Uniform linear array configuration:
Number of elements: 24
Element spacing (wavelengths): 0.25
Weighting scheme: hann
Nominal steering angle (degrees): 30
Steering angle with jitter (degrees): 28.952
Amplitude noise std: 0.05
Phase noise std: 0.05

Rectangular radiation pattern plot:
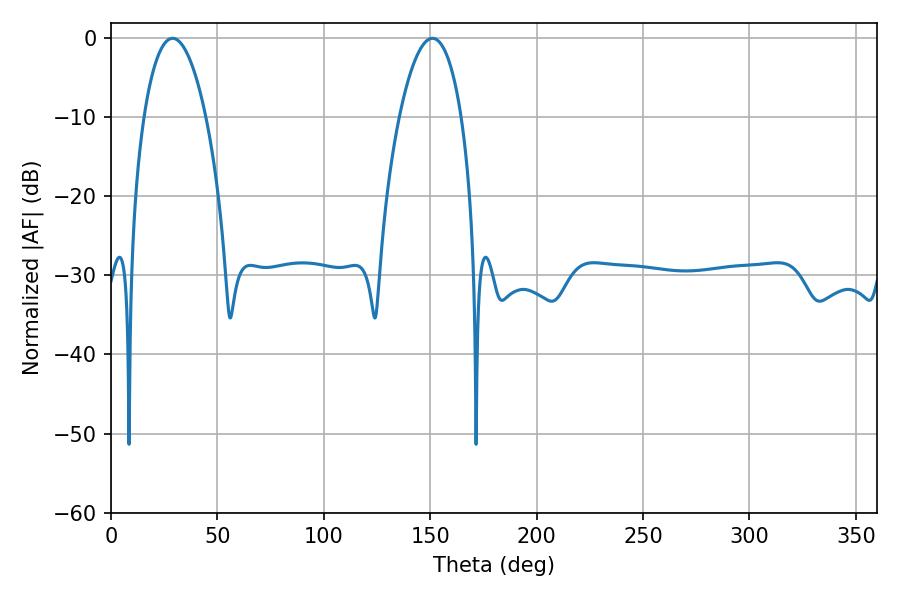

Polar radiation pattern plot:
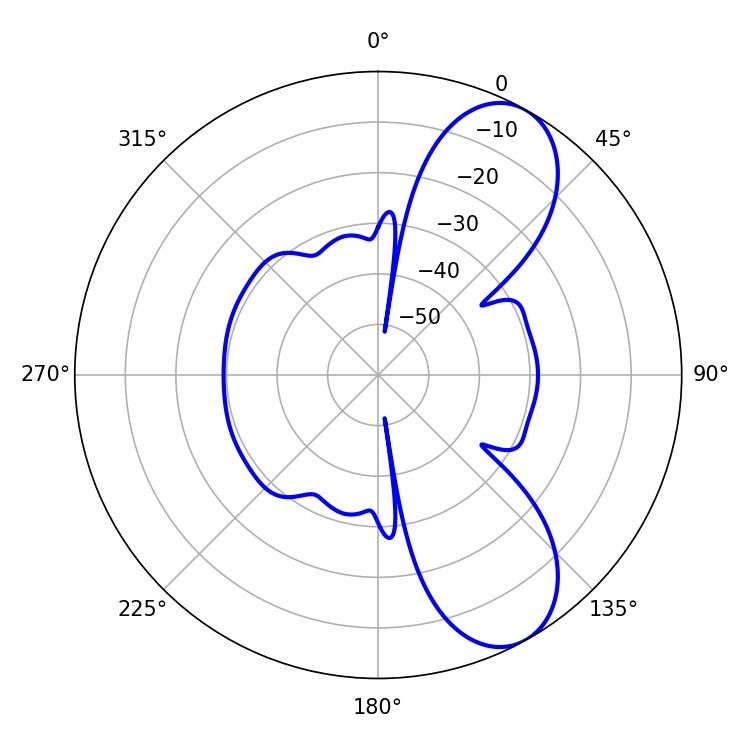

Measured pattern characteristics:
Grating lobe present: FALSE
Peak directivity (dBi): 8.32
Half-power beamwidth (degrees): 16.38
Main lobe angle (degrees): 28.98